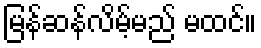
မြန်ဆန်လိမ့်မည် မထင်။